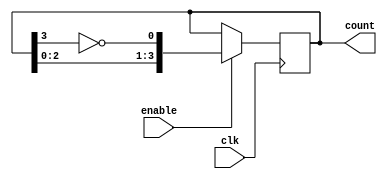
module Johnson_Counter_with_Enable(
    input wire clk,
    input wire enable,
    output reg [3:0] count
);

reg [3:0] q;

always @(posedge clk) begin
    if(enable) begin
        q <= {q[2:0], ~q[3]};
    end
end

assign count = q;

endmodule